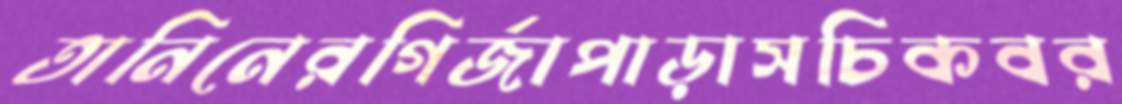
তানিনেরগির্জাপাড়াসচিকবর